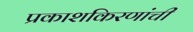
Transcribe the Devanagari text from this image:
प्रकाशकिरणांची